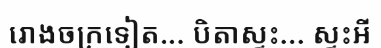
រោងចក្រទៀត... បិតាស្ទះ... ស្ទះអី